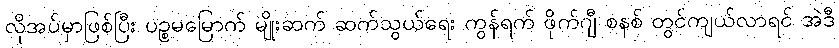
လိုအပ်မှာဖြစ်ပြီး ပဉ္စမမြောက် မျိုးဆက် ဆက်သွယ်ရေး ကွန်ရက် ဖိုက်ဂျီ စနစ် တွင်ကျယ်လာရင် အဲဒီ